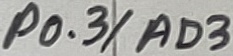
Text: P0.3/AD3